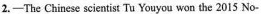
2.-The Chinese scientist Tu Youyou won the 2015 No-